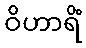
ဝိဟာရိံ